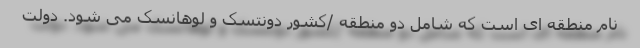
نام منطقه ای است که شامل دو منطقه /کشور دونتسک و لوهانسک می شود. دولت